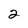
Character: 2